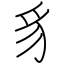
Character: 豸